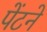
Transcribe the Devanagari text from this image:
पेंटने